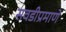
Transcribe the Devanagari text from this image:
सवडीप्रमाणे